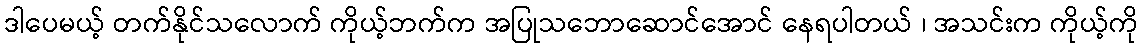
ဒါပေမယ့် တက်နိုင်သလောက် ကိုယ့်ဘက်က အပြုသဘောဆောင်အောင် နေရပါတယ် ၊ အသင်းက ကိုယ့်ကို